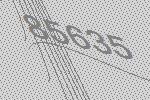
85635